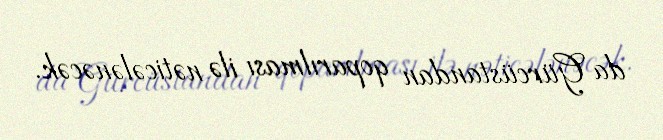
da Gürcüstandan qoparılması ilə nəticələnəcək.